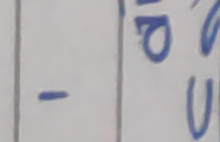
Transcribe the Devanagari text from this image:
- पो
पु